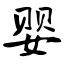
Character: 婴